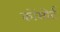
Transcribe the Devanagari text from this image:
कोंसोर्ट